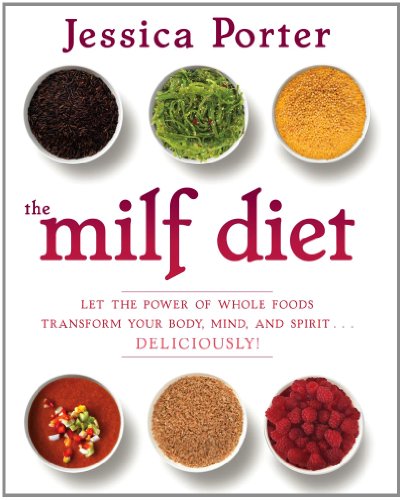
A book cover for The MILF Diet: Let the Power of Whole Foods Transform Your Body, Mind, and Spirit . . . Deliciously!; Jessica Porter; Cookbooks, Food & Wine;